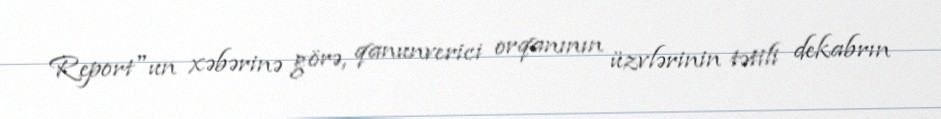
Report"un xəbərinə görə, qanunverici orqanının üzvlərinin tətili dekabrın